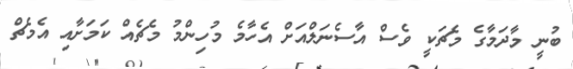
ބުނީ މާދަމާގެ މެޗަކީ ވެސް އާސެނަލްއަށް އެހާމެ މުހިންމު މެޗެއް ކަމަށާއި އެމެޗް